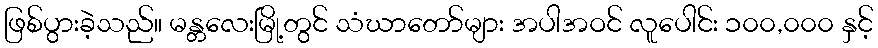
ဖြစ်ပွားခဲ့သည်။ မန္တလေးမြို့တွင် သံဃာတော်များ အပါအဝင် လူပေါင်း ၁၀၀,၀၀၀ နှင့်